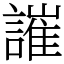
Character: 䜅